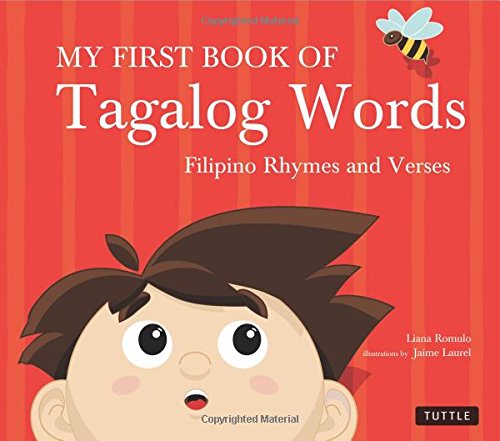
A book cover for My First Book of Tagalog Words: Filipino Rhymes and Verses; Liana Romulo; Children's Books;